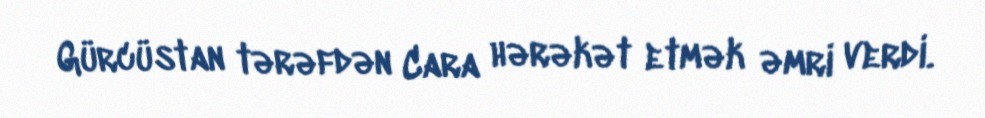
Gürcüstan tərəfdən Cara hərəkət etmək əmri verdi.